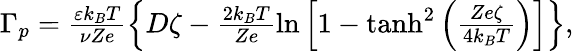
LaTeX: \begin{array}{r}{\Gamma_{p}=\frac{\varepsilon k_{B}T}{\nu Ze}\left\{ D\zeta-\frac{2k_{B}T}{Ze}\ln\left[1-\operatorname{tanh}^{2}\left(\frac{Ze\zeta}{4k_{B}T}\right)\right]\right\} ,}\end{array}